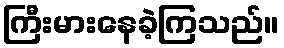
ကြီးမားနေခဲ့ကြသည်။